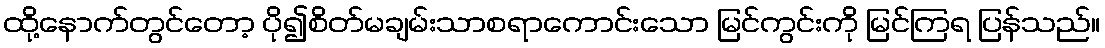
ထို့နောက်တွင်တော့ ပို၍စိတ်မချမ်းသာစရာကောင်းသော မြင်ကွင်းကို မြင်ကြရ ပြန်သည်။